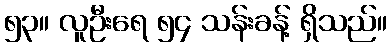
၅၃။ လူဦးရေ ၅၄ သန်းခန့် ရှိသည်။